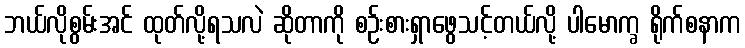
ဘယ်လိုစွမ်းအင် ထုတ်လို့ရသလဲ ဆိုတာကို စဉ်းစားရှာဖွေသင့်တယ်လို့ ပါမောက္ခ ရိုက်စနာက